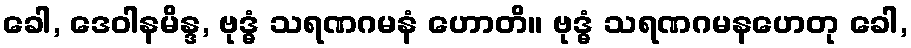
ခေါ, ဒေဝါနမိန္ဒ, ဗုဒ္ဓံ သရဏဂမနံ ဟောတိ။ ဗုဒ္ဓံ သရဏဂမနဟေတု ခေါ,